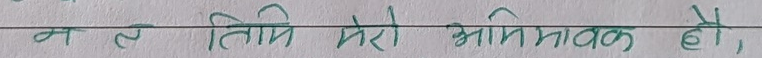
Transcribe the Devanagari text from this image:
न त तिमी मेरो अभिभावक हो,